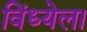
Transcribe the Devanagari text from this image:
विंध्येला